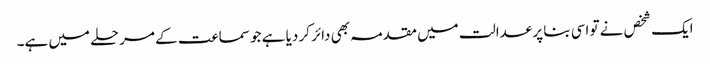
ایک شخص نے تو اسی بنا پر عدالت میں مقدمہ بھی دائر کر دیا ہے جو سماعت کے مرحلے میں ہے۔